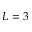
L = 3